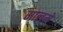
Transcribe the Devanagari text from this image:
मालमे